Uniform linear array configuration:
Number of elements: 24
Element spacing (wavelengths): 1
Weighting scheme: kaiser
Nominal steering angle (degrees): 60
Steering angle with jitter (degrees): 60.873
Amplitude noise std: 0.05
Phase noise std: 0.05

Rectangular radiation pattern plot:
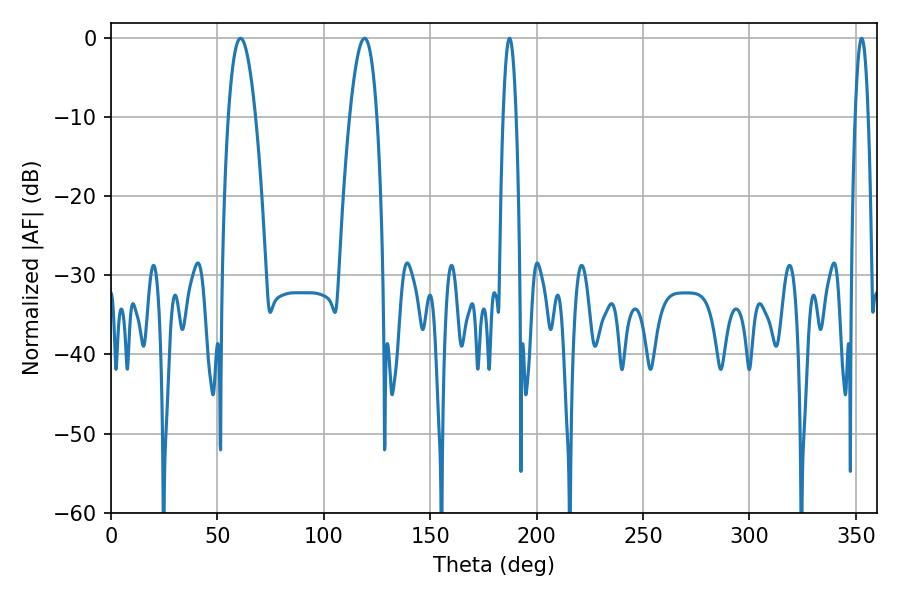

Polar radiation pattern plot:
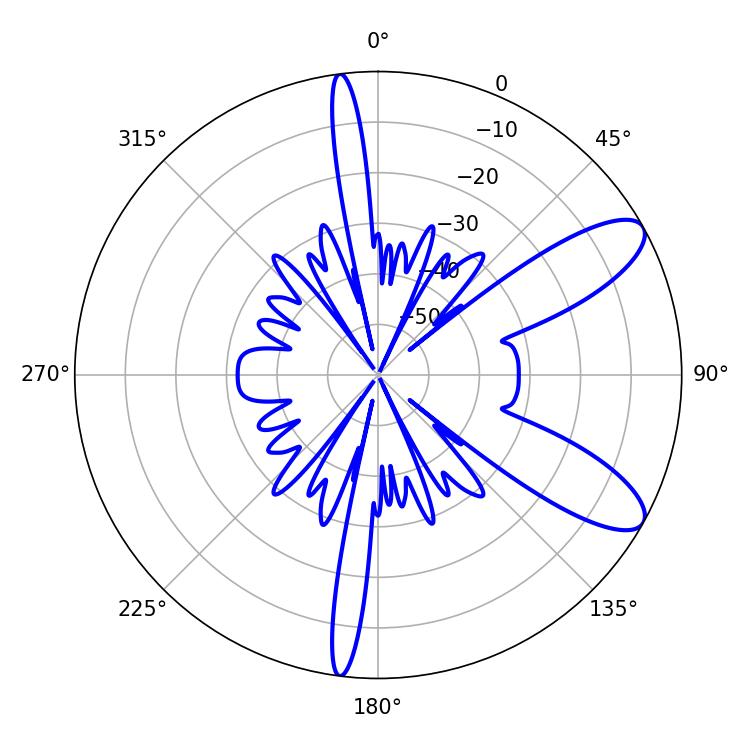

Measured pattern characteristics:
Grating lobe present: TRUE
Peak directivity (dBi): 9.681
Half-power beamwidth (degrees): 7.02
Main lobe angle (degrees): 60.84